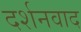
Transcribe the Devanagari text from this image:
दर्शनवाद